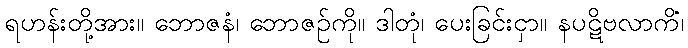
ရဟန်းတို့အား။ ဘောဇနံ၊ ဘောဇဉ်ကို။ ဒါတုံ၊ ပေးခြင်းငှာ။ နပဋိဗလာကိံ၊